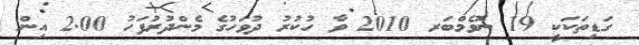
ގަޑިތަކަކީ 19 ނޮވެމްބަރ 2010 ވާ ހުކުރު ދުވަހުގެ މެންދުރުފަހު 2.00 އިން